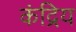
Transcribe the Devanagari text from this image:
कंद्रिय